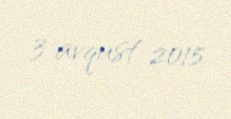
3 avqust 2015